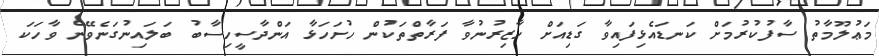
މަޢުލޫމާތު ސާފުކުރުމަށް ކަނޑައެޅިފައިވާ ގަޑިއަށް ހާޒިރުނުވާ ފަރާތްތަކުން ހުށަހަޅާ އަންދާސީހިސާބު ބަލައިނުގަނެވޭނެ ވާހަކަ